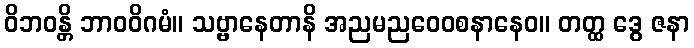
ဝိဘဝန္တိ ဘာဝဝိဂမံ။ သဗ္ဗာနေတာနိ အညမညဝေဝစနာနေဝ။ တတ္ထ ဒွေ ဇနာ